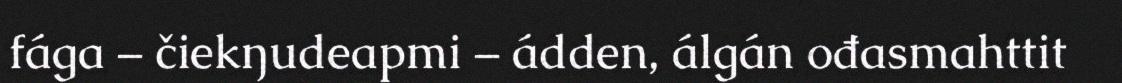
fága – čiekŋudeapmi – ádden, álgán ođasmahttit